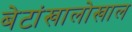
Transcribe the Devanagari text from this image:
बेटांखालोखाल